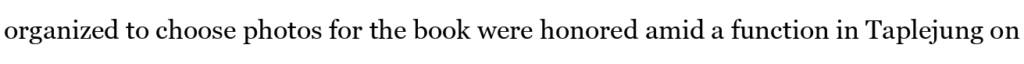
organized to choose photos for the book were honored amid a function in Taplejung on